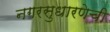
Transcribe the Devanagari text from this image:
नगरसुधारणेची